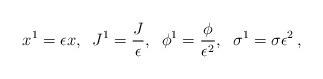
LaTeX: \begin{align*} x^1=\epsilon x , \;\; J^1= \frac{J}{\epsilon} ,\;\; \phi^1=\frac{\phi}{\epsilon^2} ,\;\; \sigma^1=\sigma\epsilon^2 \,,\end{align*}